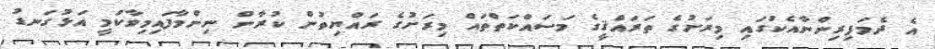
އެ ދެމަފިރިންނާއެކުގައި މިރަށުގެ ތަރައްޤީގެ މަސައްކަތްތައް މިރަށުގެ ރައްޔިތުން ކުރާން ނިންމާފައިމިވާކަމީ އަޅުގަނޑު